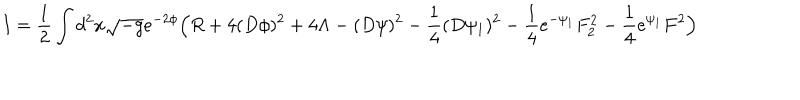
I = \frac { 1 } { 2 } \int d ^ { 2 } x \sqrt { - g } e ^ { - 2 \phi } \Big ( R + 4 ( D \phi ) ^ { 2 } + 4 \Lambda - ( D \psi ) ^ { 2 } - \frac { 1 } { 4 } ( D \psi _ { 1 } ) ^ { 2 } - \frac { 1 } { 4 } e ^ { - \psi _ { 1 } } F _ { 2 } ^ { 2 } - \frac { 1 } { 4 } e ^ { \psi _ { 1 } } F ^ { 2 } \Big )